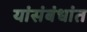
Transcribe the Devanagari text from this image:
यांसंबंधांत